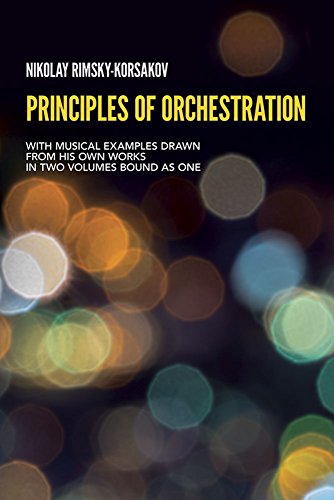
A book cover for Principles of Orchestration (Dover Books on Music); Nikolai Rimsky-Korsakov; Humor & Entertainment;